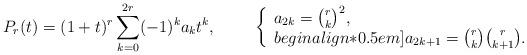
LaTeX: \begin{align*} P_r(t)=(1+t)^r\sum_{k=0}^{2r}(-1)^ka_kt^k,\qquad\ \left\{\begin{array}{l} a_{2k}=\binom{r}{k}^2,\\begin{align*}0.5em] a_{2k+1}=\binom{r}{k}\binom{r}{k+1}. \end{array}\right.\end{align*}